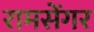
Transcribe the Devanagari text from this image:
रामसेंगर